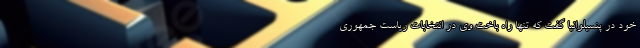
خود در پنسیلوانیا گفت که تنها راه باخت وی در انتخابات ریاست جمهوری